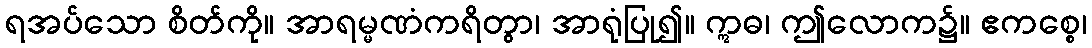
ရအပ်သော စိတ်ကို။ အာရမ္မဏံကရိတွာ၊ အာရုံပြု၍။ ဣဓ၊ ဤလောက၌။ ဧကစ္စေ၊